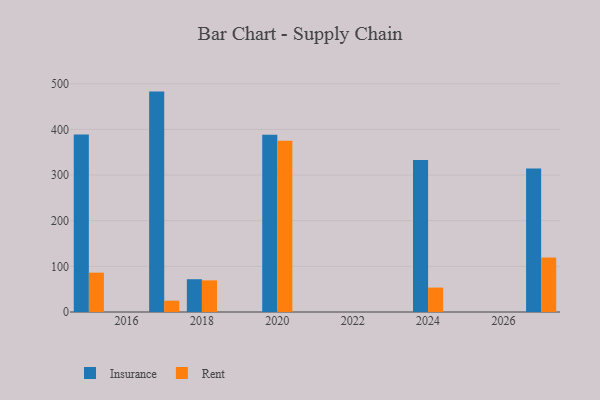
{"axis": {"x": "Year", "y": "Tickets Resolved"}, "legend": ["Insurance", "Rent"], "data": [{"x": "2017", "y": 482.8, "type": "Insurance"}, {"x": "2017", "y": 24.8, "type": "Rent"}, {"x": "2020", "y": 388.2, "type": "Insurance"}, {"x": "2020", "y": 375.1, "type": "Rent"}, {"x": "2018", "y": 71.8, "type": "Insurance"}, {"x": "2018", "y": 69.3, "type": "Rent"}, {"x": "2015", "y": 388.9, "type": "Insurance"}, {"x": "2015", "y": 86.2, "type": "Rent"}, {"x": "2024", "y": 332.8, "type": "Insurance"}, {"x": "2024", "y": 53.5, "type": "Rent"}, {"x": "2027", "y": 314.2, "type": "Insurance"}, {"x": "2027", "y": 119.3, "type": "Rent"}]}